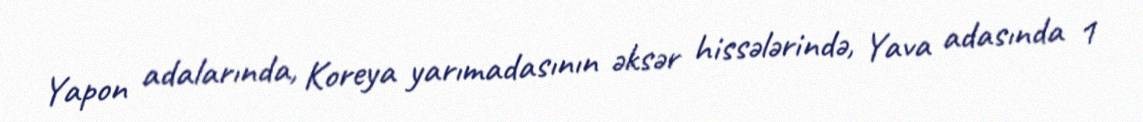
Yapon adalarında, Koreya yarımadasının əksər hissələrində, Yava adasında 1